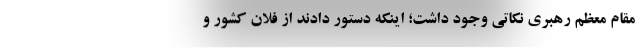
مقام معظم رهبری نکاتی وجود داشت؛ اینکه دستور دادند از فلان کشور و